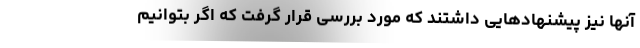
آنها نیز پیشنهادهایی داشتند که مورد بررسی قرار گرفت که اگر بتوانیم